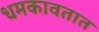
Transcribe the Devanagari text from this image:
धमकावतात